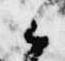
候